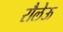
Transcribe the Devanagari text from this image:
रौलेऊ